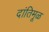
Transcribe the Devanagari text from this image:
दांतिमूळ